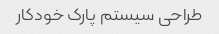
طراحی سیستم پارک خودکار